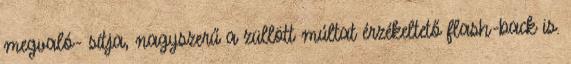
megvaló- sítja, nagyszerű a züllött múltat érzékeltető flash-back is.